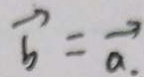
\overrightarrow { b } = \overrightarrow { a } .